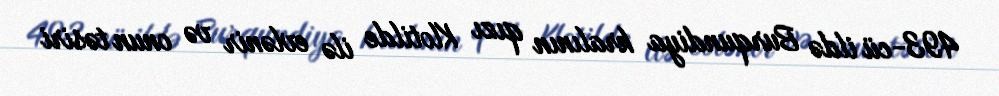
493-cü ildə Burqundiya kralının qızı Klotilde ilə evlənir və onun təsiri